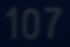
107